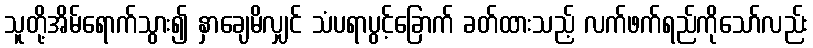
သူတို့အိမ်ရောက်သွား၍ နှာချေမိလျှင် သံပရာပွင့်ခြောက် ခတ်ထားသည့် လက်ဖက်ရည်ကိုသော်လည်း